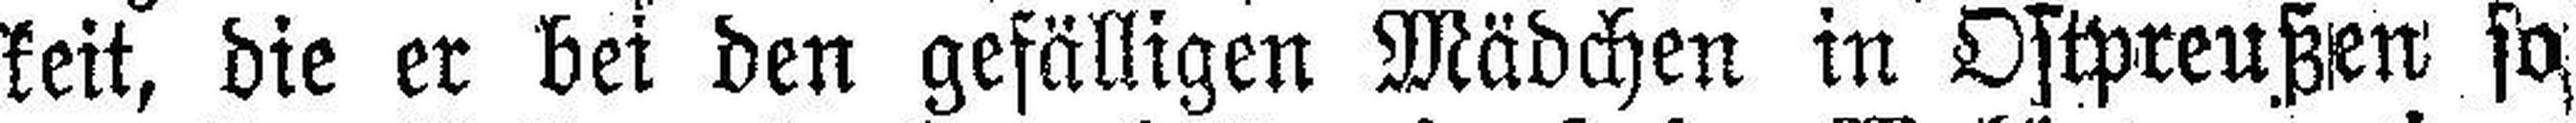
keit, die er bei den gefälligen Mädchen in Ostpreußen so